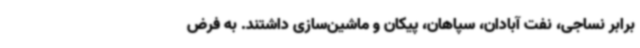
برابر نساجی، نفت آبادان، سپاهان، پیکان و ماشین‌سازی داشتند. به فرض